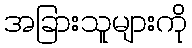
အခြားသူများကို